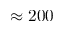
\approx 2 0 0